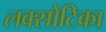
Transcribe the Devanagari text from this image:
लक्सोटिका